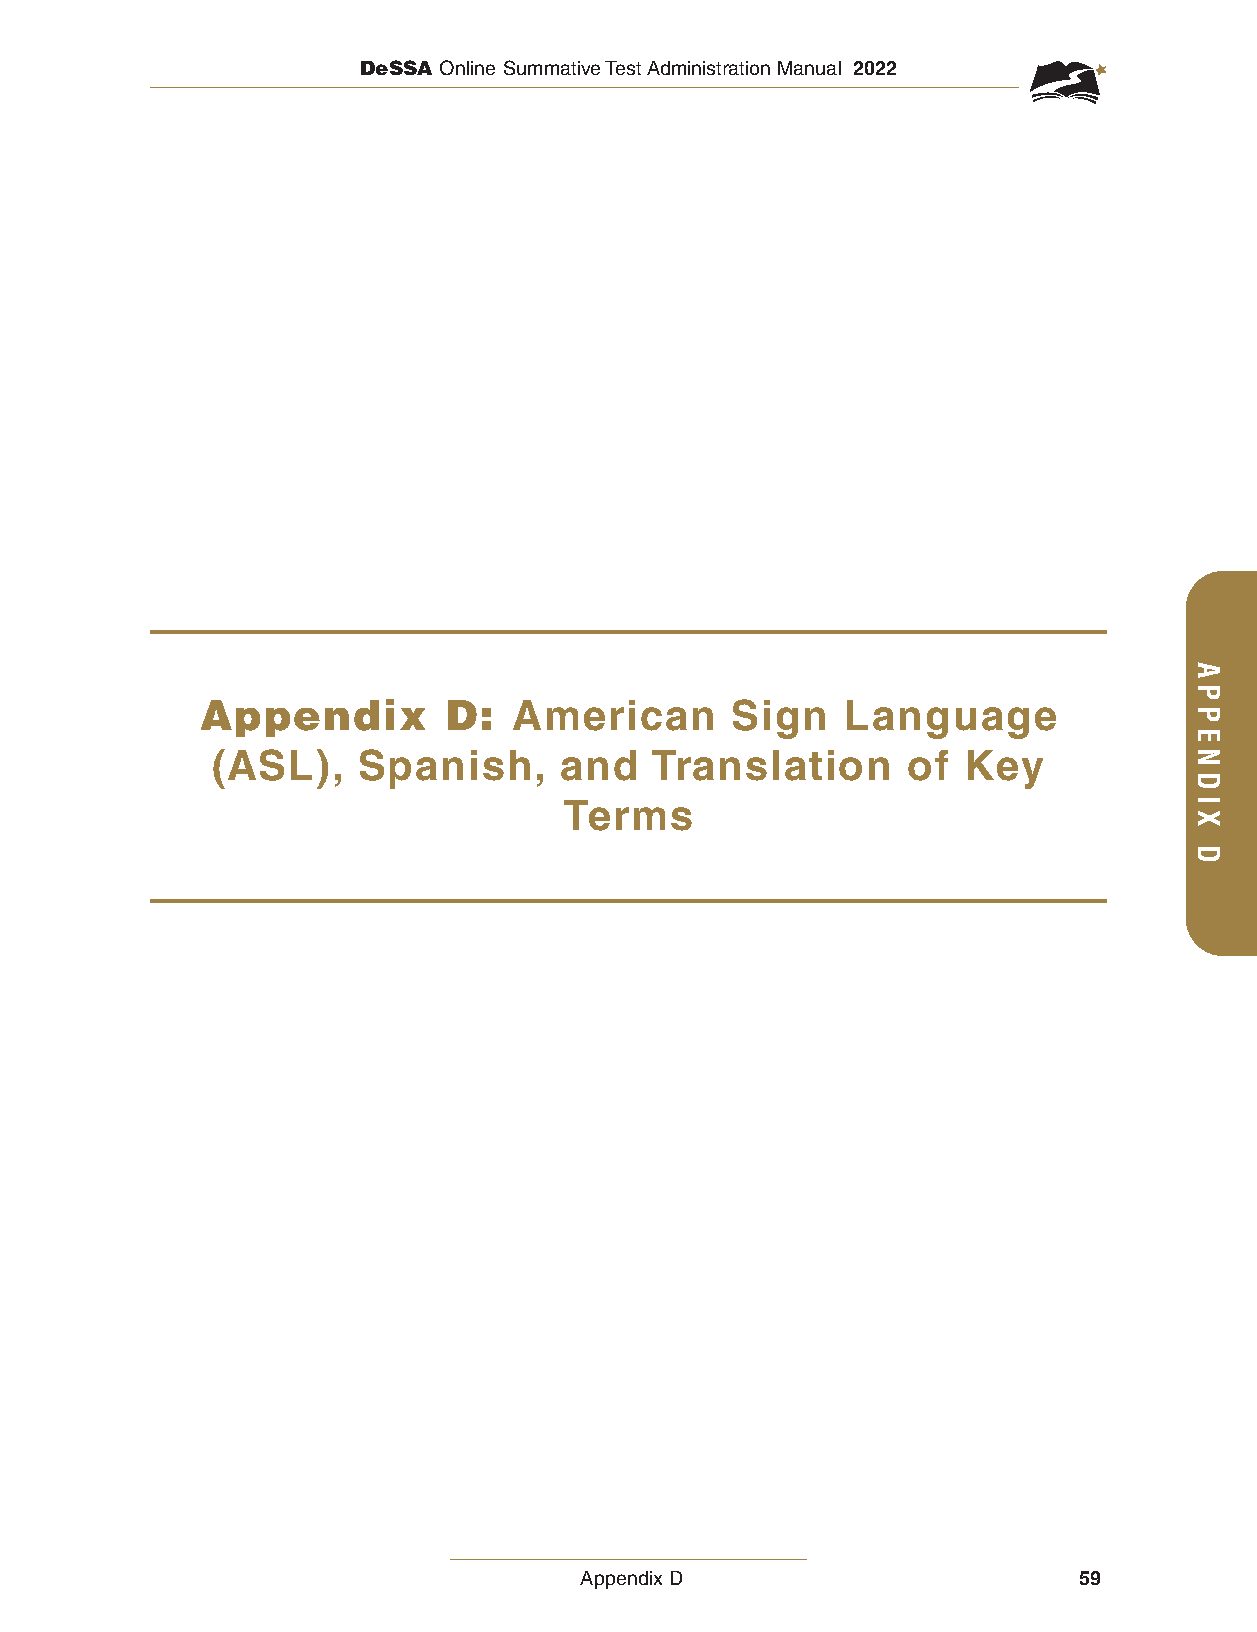
DeSSA Online Summative Test Administration Manual 2022
 Appendix         D:  American      Sign    Language
 (ASL),    Spanish,     and   Translation      of  Key
 Terms
 Appendix D                       59
 APPENDIX
 D